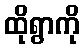
ထိုရွာကို